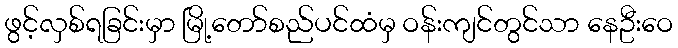
ဖွင့်လှစ်ရခြင်းမှာ မြို့တော်စည်ပင်ထံမှ ဝန်းကျင်တွင်သာ နေဦးဝေ